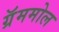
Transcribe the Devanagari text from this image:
ग्रॅममोल